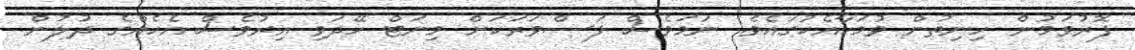
ފޮރުވަމުން ހިނިތުން ވުމަކާއެކުގައެވެ. ނަމަވެސް ފަސްވަރަކަށް މިނަޓް ހޭދަވި އިރުވެސް އެކެއްގެ ދުލުން